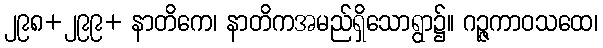
၂၉၈+၂၉၉+ နာတိကေ၊ နာတိကအမည်ရှိသောရွာ၌။ ဂဉ္ဇကာဝသထေ၊